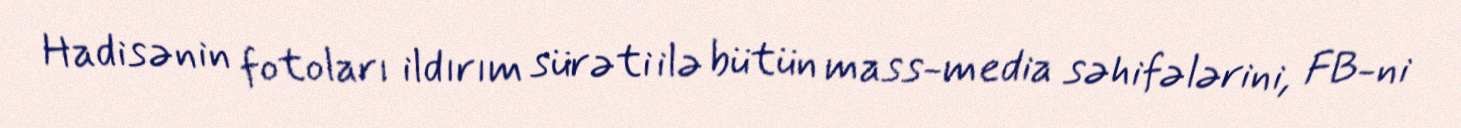
Hadisənin fotoları ildırım sürəti ilə bütün mass-media səhifələrini, FB-ni